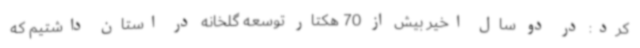
کرد: در دو سال اخیر بیش از 70 هکتار توسعه گلخانه در استان داشتیم که